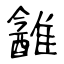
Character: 䨄